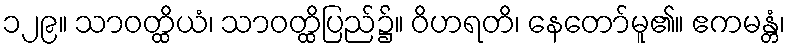
၁၂၉။ သာဝတ္ထိယံ၊ သာဝတ္ထိပြည်၌။ ဝိဟရတိ၊ နေတော်မူ၏။ ဧကမန္တံ၊